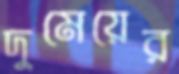
দুমেয়ের